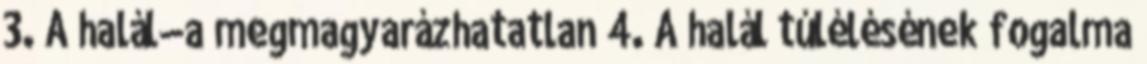
3. A halál—a megmagyarázhatatlan 4. A halál túlélésének fogalma